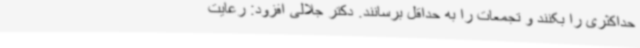
حداکثری را بکنند و تجمعات را به حداقل برسانند. دکتر جلالی افزود: رعایت